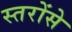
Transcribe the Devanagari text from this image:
स्तरोंसे